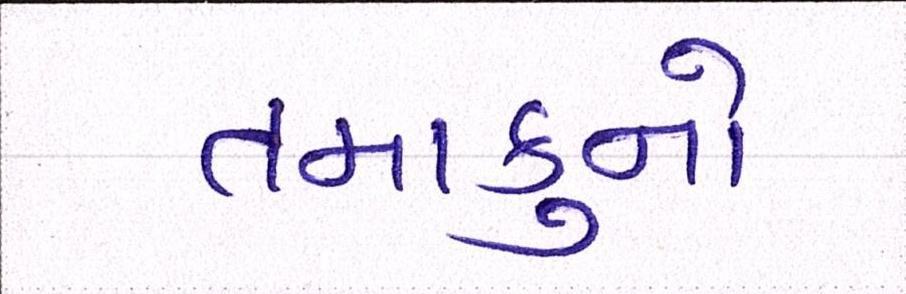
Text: તમાકુનો